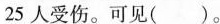
25人受伤。可见()。